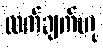
လက်ချက်ဟု